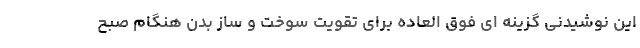
این نوشیدنی گزینه ای فوق العاده برای تقویت سوخت و ساز بدن هنگام صبح